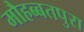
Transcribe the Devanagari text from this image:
मौहब्बतपुरा